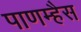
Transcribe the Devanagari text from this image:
पाणम्हैस